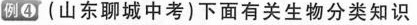
例④ (山东聊城中考)下面有关生物分类知识